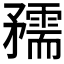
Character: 𥎘